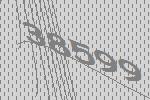
38599